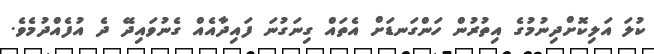
ކުލަ އަލިކޮށްދިނުމުގެ އިތުރުން ހަންގަނޑަށް އެތައް ގިނަގުނަ ފައިދާއެއް ގެނުވައިދޭ ދެ އުފެއްދުމެވެ.